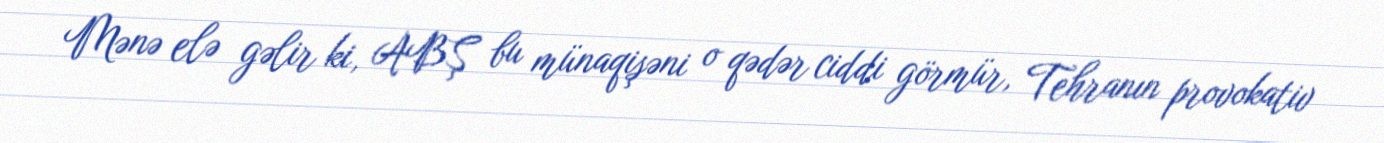
Mənə elə gəlir ki, ABŞ bu münaqişəni o qədər ciddi görmür, Tehranın provokativ